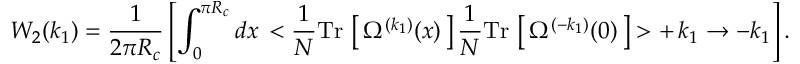
W _ { 2 } ( k _ { 1 } ) = \frac { 1 } { 2 \pi R _ { c } } \left[ \int _ { 0 } ^ { \pi R _ { c } } d x \, < \frac { 1 } { N } \mathrm { T r } \, \left[ \, \Omega ^ { ( k _ { 1 } ) } ( x ) \, \right] \frac { 1 } { N } \mathrm { T r } \, \left[ \, \Omega ^ { ( - k _ { 1 } ) } ( 0 ) \, \right] > + \, k _ { 1 } \to - k _ { 1 } \right] .